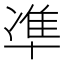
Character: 凖